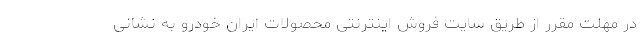
در مهلت مقرر از طریق سایت فروش اینترنتی محصولات ایران خودرو به نشانی